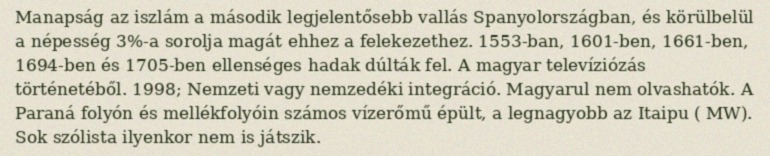
Manapság az iszlám a második legjelentősebb vallás Spanyolországban, és körülbelül a népesség 3%-a sorolja magát ehhez a felekezethez. 1553-ban, 1601-ben, 1661-ben, 1694-ben és 1705-ben ellenséges hadak dúlták fel. A magyar televíziózás történetéből. 1998; Nemzeti vagy nemzedéki integráció. Magyarul nem olvashatók. A Paraná folyón és mellékfolyóin számos vízerőmű épült, a legnagyobb az Itaipu ( MW). Sok szólista ilyenkor nem is játszik.